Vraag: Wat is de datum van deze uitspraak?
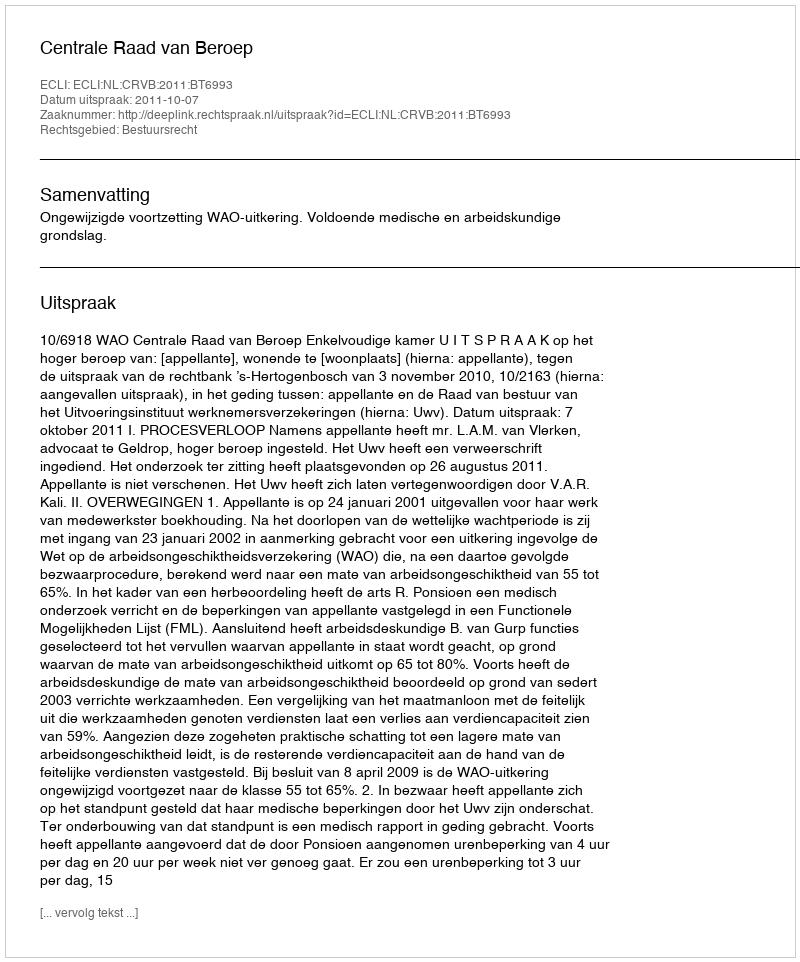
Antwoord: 2011-10-07